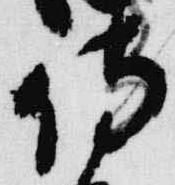
侍